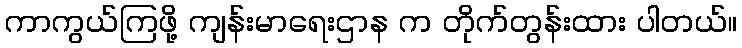
ကာကွယ်ကြဖို့ ကျန်းမာရေးဌာန က တိုက်တွန်းထား ပါတယ်။